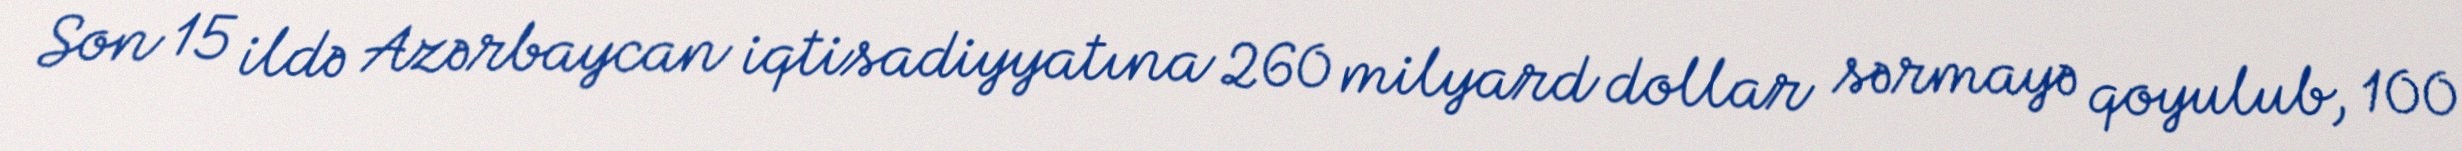
Son 15 ildə Azərbaycan iqtisadiyyatına 260 milyard dollar sərmayə qoyulub, 100